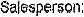
SALESPERSON: